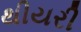
થીયરી